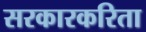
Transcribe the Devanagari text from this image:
सरकारकरिता